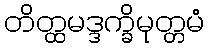
တိတ္ထမဒ္ဒက္ခိမုတ္တမံ